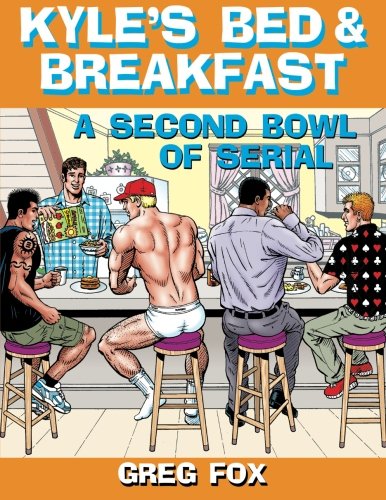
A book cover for Kyle's Bed & Breakfast: A Second Bowl of Serial; Greg Fox; Comics & Graphic Novels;